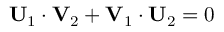
\mathbf { U } _ { 1 } \cdot \mathbf { V } _ { 2 } + \mathbf { V } _ { 1 } \cdot \mathbf { U } _ { 2 } = 0